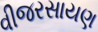
વીજરસાયણ